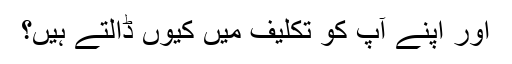
اور اپنے آپ كو تكليف ميں كيوں ڈالتے ہيں؟